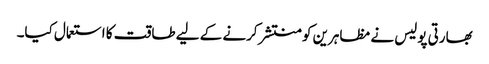
بھارتی پولیس نے مظاہرین کو منتشر کرنے کے لیے طاقت کا استعمال کیا۔